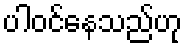
ပါဝင်နေသည်ဟု